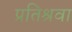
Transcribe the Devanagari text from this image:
प्रतिश्रवा